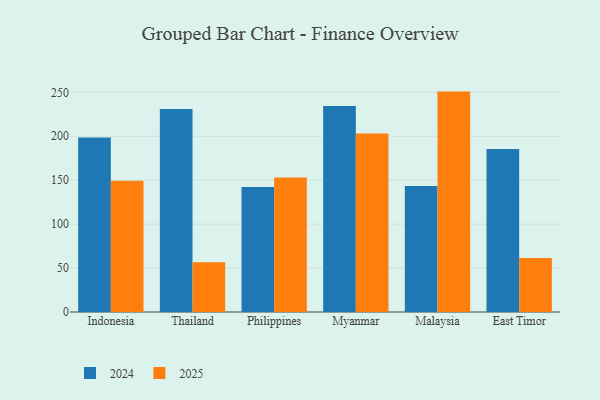
{"axis": {"x": "Country", "y": "Page Views"}, "legend": ["2024", "2025"], "data": [{"x": "Indonesia", "y": 149.4, "type": "2025"}, {"x": "Indonesia", "y": 198.7, "type": "2024"}, {"x": "Thailand", "y": 56.6, "type": "2025"}, {"x": "Thailand", "y": 230.9, "type": "2024"}, {"x": "Philippines", "y": 153.0, "type": "2025"}, {"x": "Philippines", "y": 142.2, "type": "2024"}, {"x": "Myanmar", "y": 203.1, "type": "2025"}, {"x": "Myanmar", "y": 234.4, "type": "2024"}, {"x": "Malaysia", "y": 250.8, "type": "2025"}, {"x": "Malaysia", "y": 143.4, "type": "2024"}, {"x": "East Timor", "y": 61.4, "type": "2025"}, {"x": "East Timor", "y": 185.6, "type": "2024"}]}